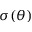
\sigma ( \theta )